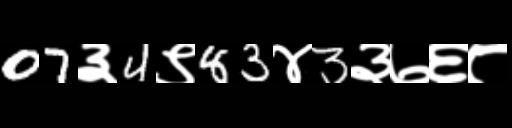
Text: 07३4९83४3३७६८